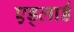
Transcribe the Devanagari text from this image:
एड्लार्ड